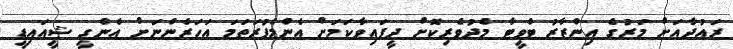
ރައުދާއަށް މަރުގެ އިންޒާރު ޓްވީޓާ މެދުވެރިކޮށް ދީފައިވާކަމަށް އެންމެފުރަތަމަ އަހަރެންނަށް އެންގީ ޝީއައިޑީ